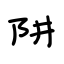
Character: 阱